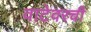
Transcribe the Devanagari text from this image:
वाटेवरची